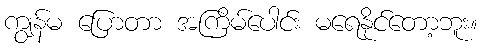
ကျွန်မ ပြောတာ အကြိမ်ပေါင်း မရေနိုင်တော့ဘူး။